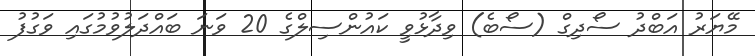
މޭޔަރު އަބްދު ސޯދިގް (ސޯބެ) ވިދާޅުވީ ކައުންސިލްގެ 20 ވަނަ ބައްދަލުވުމުގައި ވަގުފު